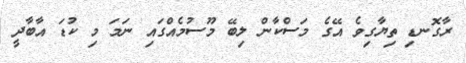
ރާގޮނޑި ތިޔާގިވެ އޭގެ މަސްކާން ލިބޭ މޫސުމެއްގައި ނަމަ މި ކުޑަ އާބާދީ